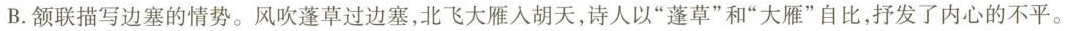
B.颔联描写边塞的情势。风吹蓬草过边塞，北飞大雁入胡天，诗人以”蓬草”和”大雁”自比，抒发了内心的不平。